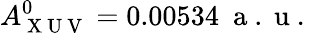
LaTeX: A_{\mathrm{~X~U~V~}}^{0}=0.00534~\mathrm{~a~.~u~.~}